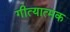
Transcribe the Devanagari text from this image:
गीत्यात्मक